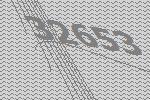
32653